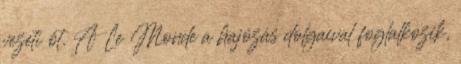
vezeti őt. A Le Monde a hajózás dolgaival foglalkozik,